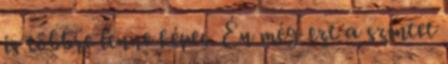
is többre lenne képes. Én még ezt a szintet